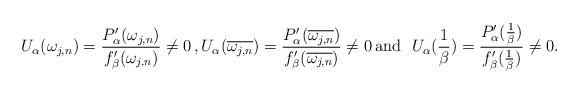
LaTeX: \begin{align*}U_{\alpha}(\omega_{j,n}) = \frac{P'_{\alpha}(\omega_{j,n})}{f'_{\beta}(\omega_{j,n})}\neq 0 \, ,U_{\alpha}(\overline{\omega_{j,n}}) = \frac{P'_{\alpha}(\overline{\omega_{j,n}})}{f'_{\beta}(\overline{\omega_{j,n}})}\neq 0 \,\mbox{and}~~U_{\alpha}(\frac{1}{\beta}) = \frac{P'_{\alpha}(\frac{1}{\beta})}{f'_{\beta}(\frac{1}{\beta})}\neq 0.\end{align*}